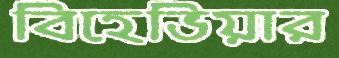
বিহেভিয়ার